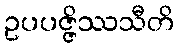
ဥပပဇ္ဇိဿသီတိ